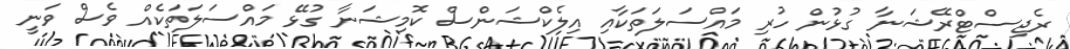
ރެޖިސްޓްރޭޝަނާ ގުޅުން ހުރި މައްސަލަތަކާއި އިލެކްޝަންސް ކޮމިޝަނާ ގުޅޭ މައްސަލަތަކެއް ވެސް ވަނީ